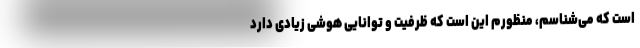
است که می‌شناسم، منظورم این است که ظرفیت و توانایی هوشی زیادی دارد